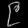
Digit: ၉